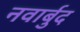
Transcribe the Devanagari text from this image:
नवार्बुद